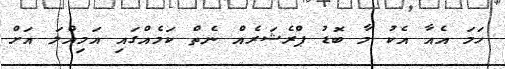
ހަމަ އެއާ އެކު މާ ބޮޑު ޕްރެޝަރެއް ނެތް ކަމެއްގައި އަމިއްލަ އަށް